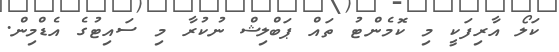
ކަލޯ އާރިފަކީ މި ކޮމެންޓު ތައް ޕަބްލިޝް ނުކުރާ މި ސައިޓުގެ އެޑްމިން.